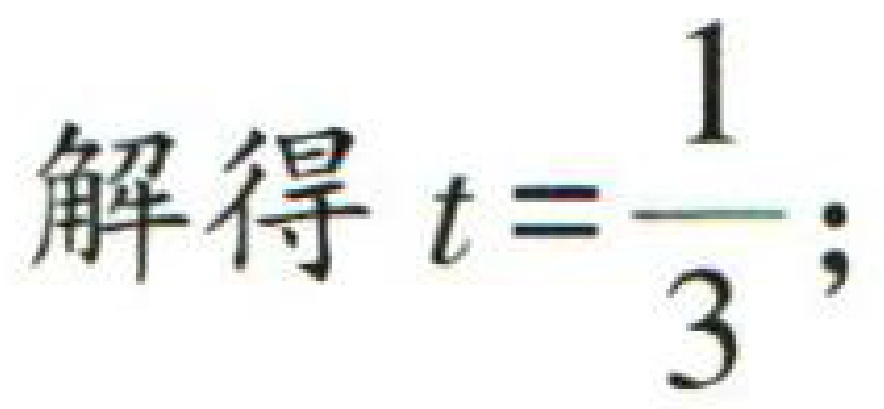
解得 \(t = \dfrac{1}{3};\)